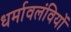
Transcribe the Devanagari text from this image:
धर्मावलंवियों